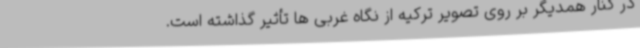
در کنار همدیگر بر روی تصویر ترکیه از نگاه غربی ها تأثیر گذاشته است.